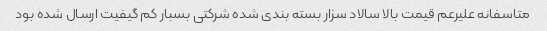
متاسفانه علیرعم قیمت بالا سالاد سزار بسته بندی شده شرکتی بسبار کم گیفیت ارسال شده بود